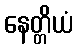
နေတ္တိယံ